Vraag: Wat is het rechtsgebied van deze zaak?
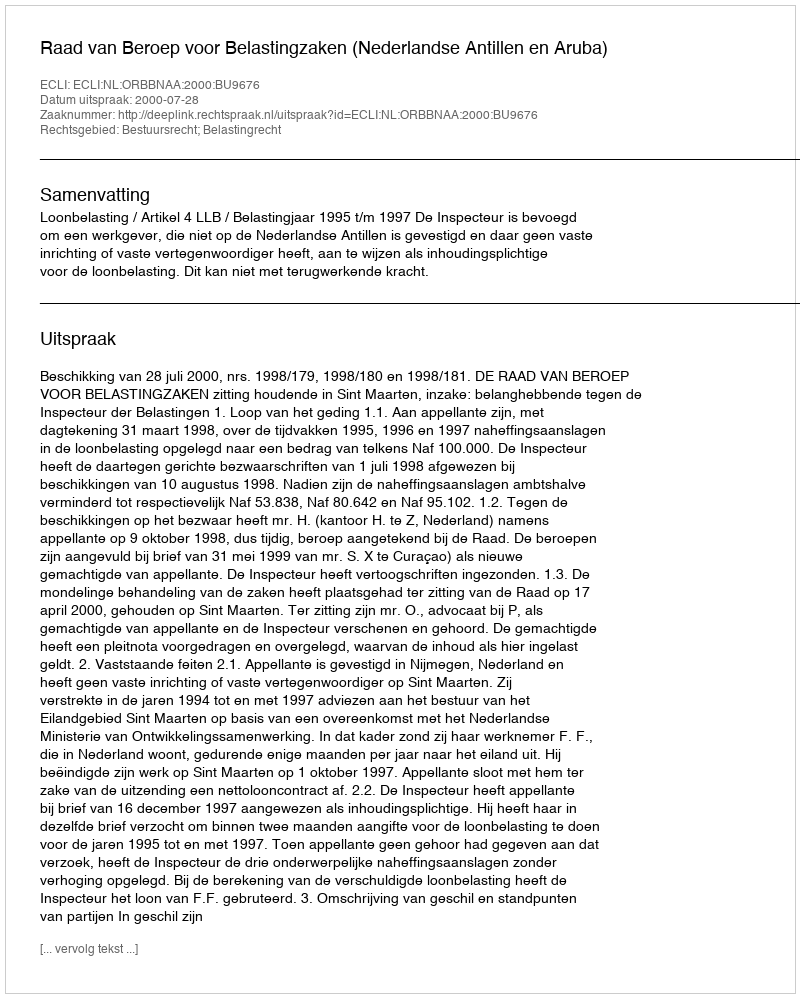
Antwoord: Bestuursrecht; Belastingrecht